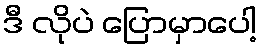
ဒီ လိုပဲ ပြောမှာပေါ့